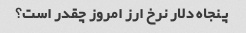
پنجاه دلار نرخ ارز امروز چقدر است؟